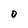
Character: 0